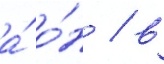
а́ о́н / в